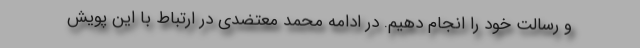
و رسالت خود را انجام دهیم. در ادامه محمد معتضدی در ارتباط با این پویش